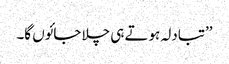
’’تبادلہ ہوتے ہی چلا جائوں گا۔